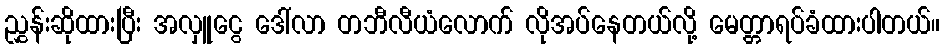
ညွှန်းဆိုထားပြီး အလှူငွေ ဒေါ်လာ တဘီလီယံလောက် လိုအပ်နေတယ်လို့ မေတ္တာရပ်ခံထားပါတယ်။